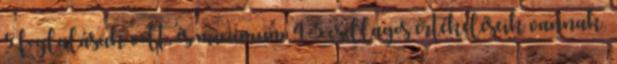
5 foglalásuk volt, és minimum 4-5 csillagos értékeléseik vannak.